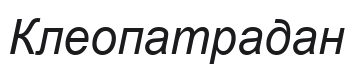
Клеопатрадан